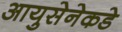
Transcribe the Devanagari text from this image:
आयुसेनेकडे